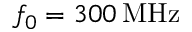
f _ { 0 } = 3 0 0 \, \mathrm { M H z }